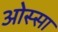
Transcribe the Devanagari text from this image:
ओस्सा